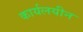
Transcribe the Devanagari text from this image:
कार्यलयीन